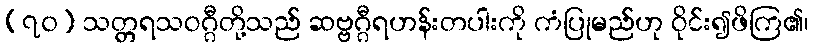
(၇၀) သတ္တရသဝဂ္ဂီတို့သည် ဆဗ္ဗဂ္ဂီရဟန်းတပါးကို ကံပြုမည်ဟု ဝိုင်း၍ဖိကြ၏၊